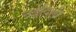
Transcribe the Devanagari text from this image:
नईदिल्ली